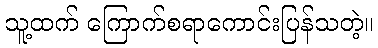
သူ့ထက် ကြောက်စရာကောင်းပြန်သတဲ့။